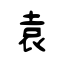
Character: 袁